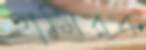
হামিরক